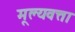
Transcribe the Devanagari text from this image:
मूल्यवत्ता